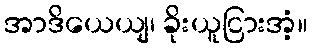
အာဒိယေယျ၊ ခိုးယူငြားအံ့။